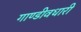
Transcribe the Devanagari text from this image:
गाण्डीवधारी